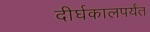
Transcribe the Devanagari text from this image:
दीर्घकालपर्यंत